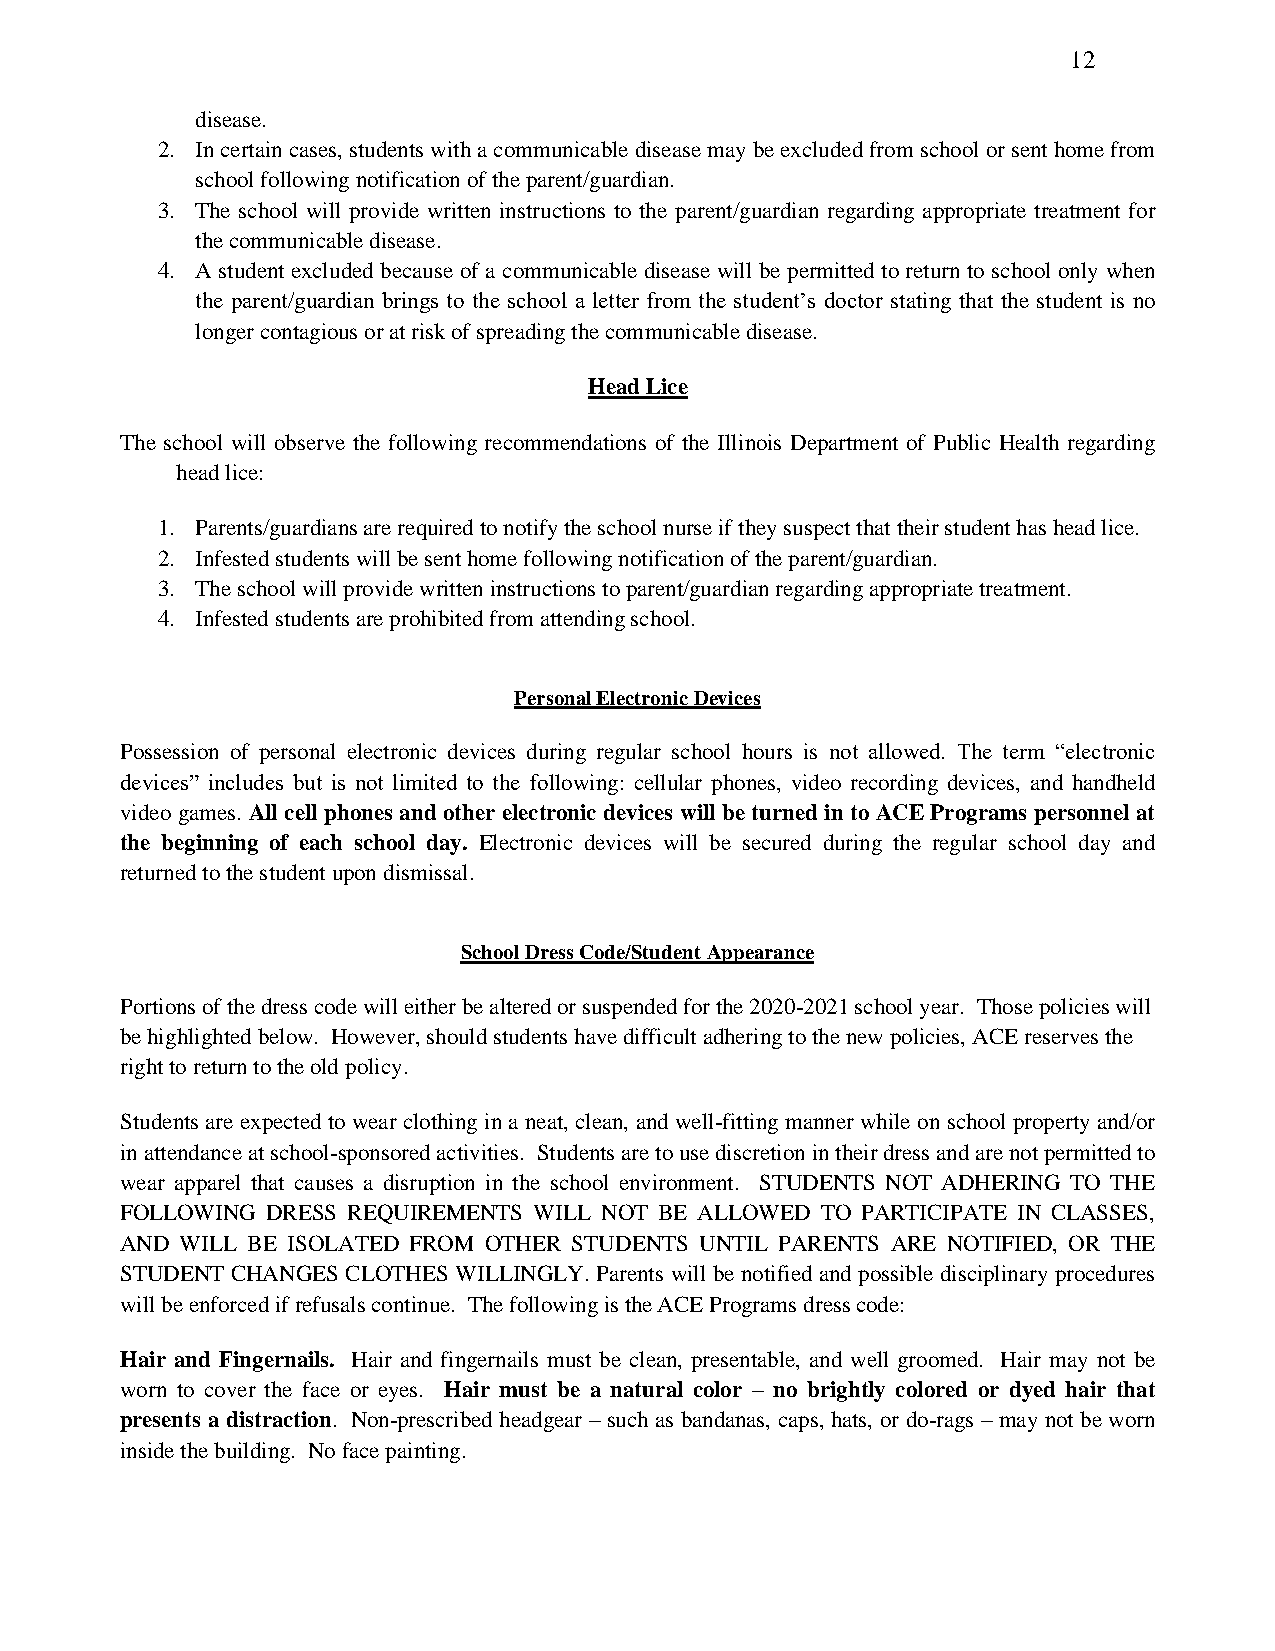
12
 disease.
 2. In certain cases, students with a communicable disease may be excluded from school or sent home from
 school following notification of the parent/guardian.
 3. The school will provide written instructions to the parent/guardian regarding appropriate treatment for
 the communicable disease.
 4. A student excluded because of a communicable disease will be permitted to return to school only when
 the parent/guardian brings to the school a letter from the student’s doctor stating that the student is no
 longer contagious or at risk of spreading the communicable disease.
 Head Lice
 The school will observe the following recommendations of the Illinois Department of Public Health regarding
 head lice:
 1. Parents/guardians are required to notify the school nurse if they suspect that their student has head lice.
 2. Infested students will be sent home following notification of the parent/guardian.
 3. The school will provide written instructions to parent/guardian regarding appropriate treatment.
 4. Infested students are prohibited from attending school.
 Personal Electronic Devices
 Possession of personal electronic devices during regular school hours is not allowed. The term “electronic
 devices” includes but is not limited to the following: cellular phones, video recording devices, and handheld
 video games. All cell phones and other electronic devices will be turned in to ACE Programs personnel at
 the beginning of each school day. Electronic devices will be secured during the regular school day and
 returned to the student upon dismissal.
 School Dress Code/Student Appearance
 Portions of the dress code will either be altered or suspended for the 2020-2021 school year. Those policies will
 be highlighted below. However, should students have difficult adhering to the new policies, ACE reserves the
 right to return to the old policy.
 Students are expected to wear clothing in a neat, clean, and well-fitting manner while on school property and/or
 in attendance at school-sponsored activities. Students are to use discretion in their dress and are not permitted to
 wear apparel that causes a disruption in the school environment. STUDENTS NOT ADHERING TO THE
 FOLLOWING DRESS REQUIREMENTS WILL NOT BE ALLOWED TO PARTICIPATE IN CLASSES,
 AND WILL BE ISOLATED FROM OTHER STUDENTS UNTIL PARENTS ARE NOTIFIED, OR THE
 STUDENT CHANGES CLOTHES WILLINGLY. Parents will be notified and possible disciplinary procedures
 will be enforced if refusals continue. The following is the ACE Programs dress code:
 Hair and Fingernails. Hair and fingernails must be clean, presentable, and well groomed. Hair may not be
 worn to cover the face or eyes. Hair must be a natural color – no brightly colored or dyed hair that
 presents a distraction. Non-prescribed headgear – such as bandanas, caps, hats, or do-rags – may not be worn
 inside the building. No face painting.